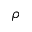
\rho